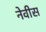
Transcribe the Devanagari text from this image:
नेवीस